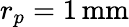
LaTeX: r_{p}=1\, \mathrm{mm}